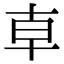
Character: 龺